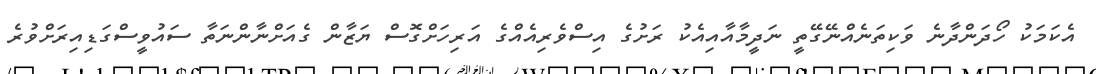
އެކަމަކު ހޯދަންދާނެ ވަކިތަނެއްނޭގޭތީ ނަދީމާއާއިއެކު ރަށުގެ އިސްވެރިއެއްގެ އަރިހަށްގޮސް ޔަޒާން ގެއަށްނާންނަތާ ސައުވީސްގަޑިއިރަށްވުރެ